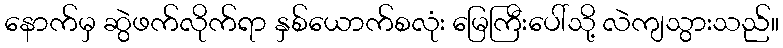
နောက်မှ ဆွဲဖက်လိုက်ရာ နှစ်ယောက်စလုံး မြေကြီးပေါ်သို့ လဲကျသွားသည်။